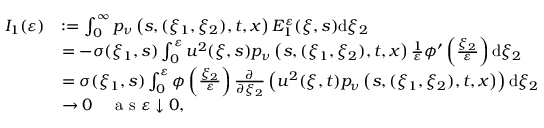
\begin{array} { r l } { I _ { 1 } ( \varepsilon ) } & { : = \int _ { 0 } ^ { \infty } p _ { \nu } \left( s , ( \xi _ { 1 } , \xi _ { 2 } ) , t , x \right) E _ { 1 } ^ { \varepsilon } ( \xi , s ) \mathrm { d } \xi _ { 2 } } \\ & { = - \sigma ( \xi _ { 1 } , s ) \int _ { 0 } ^ { \varepsilon } u ^ { 2 } ( \xi , s ) p _ { \nu } \left( s , ( \xi _ { 1 } , \xi _ { 2 } ) , t , x \right) \frac { 1 } { \varepsilon } \phi ^ { \prime } \left( \frac { \xi _ { 2 } } { \varepsilon } \right) \mathrm { d } \xi _ { 2 } } \\ & { = \sigma ( \xi _ { 1 } , s ) \int _ { 0 } ^ { \varepsilon } \phi \left( \frac { \xi _ { 2 } } { \varepsilon } \right) \frac { \partial } { \partial \xi _ { 2 } } \left( u ^ { 2 } ( \xi , t ) p _ { \nu } \left( s , ( \xi _ { 1 } , \xi _ { 2 } ) , t , x \right) \right) \mathrm { d } \xi _ { 2 } } \\ & { \rightarrow 0 \quad \textrm { a s } \varepsilon \downarrow 0 , } \end{array}